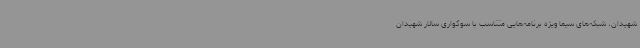
شهیدان، شبکه‌های سیما ویژه برنامه‌هایی متناسب با سوگواری سالار شهیدان